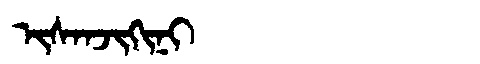
Manchu: ᡳᠰᠠᠨᠵᡳᡴᡳᠨᡳ
Romanization: ISANJIKINI